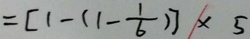
= [ 1 - ( 1 - \frac { 1 } { 6 } ) ] \times 5